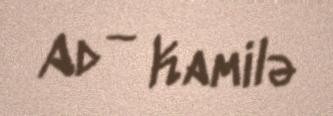
Ad — Kamilə